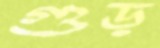
গুড়